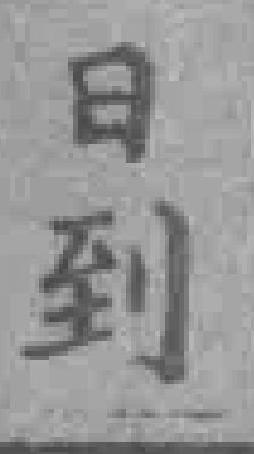
日到